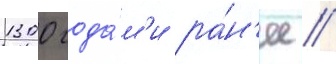
1300 года́м'и ра́н'ее //